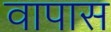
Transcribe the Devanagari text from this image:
वापास